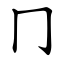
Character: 冂